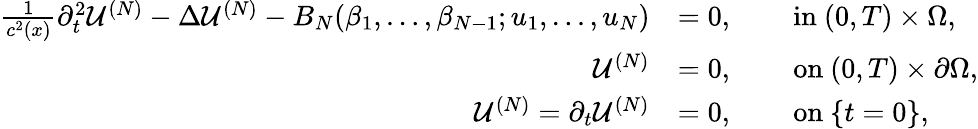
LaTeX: \begin{array}{rlrl}{\frac{1}{c^{2}(x)}\partial_{t}^{2}\mathcal{U}^{(N)}-\Delta\mathcal{U}^{(N)}-B_{N}(\beta_{1},\ldots,\beta_{N-1};u_{1},\ldots,u_{N})}&{=0,}&{\ }&{\mathrm{in~}(0,T)\times\Omega,}\\ {\mathcal{U}^{(N)}}&{=0,}&{\ }&{\mathrm{on~}(0,T)\times\partial\Omega,}\\ {\mathcal{U}^{(N)}={\partial_{t}\mathcal{U}^{(N)}}}&{=0,}&{\ }&{\mathrm{on~}\{ t=0\} ,}\end{array}